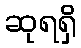
ဆုရရှိ